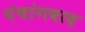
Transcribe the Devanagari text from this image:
पंचांगवाद